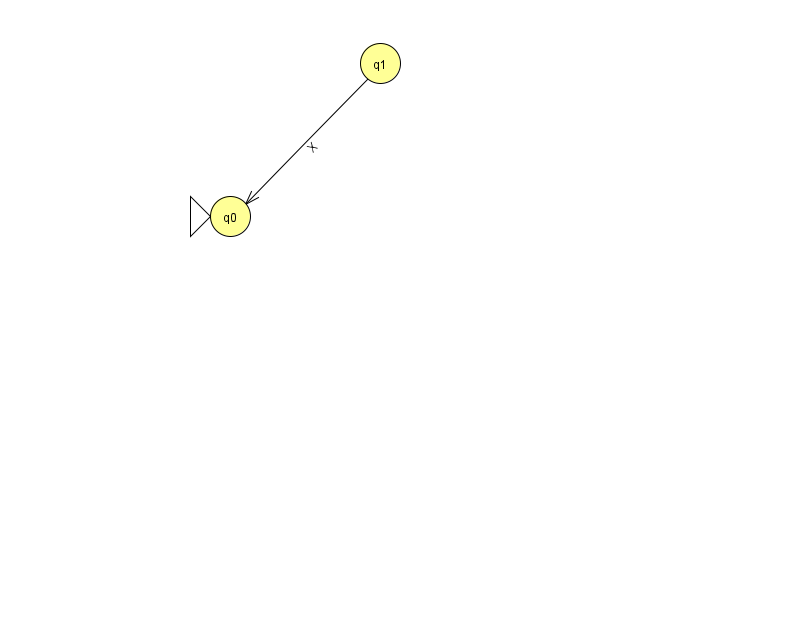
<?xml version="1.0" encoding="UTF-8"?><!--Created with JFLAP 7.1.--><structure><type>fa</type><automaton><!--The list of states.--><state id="0" name="q0"><x>230.0</x><y>203.0</y><initial/></state><state id="1" name="q1"><x>380.0</x><y>50.0</y></state><!--The list of transitions.--><transition><from>1</from><to>0</to><read>X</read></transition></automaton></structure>